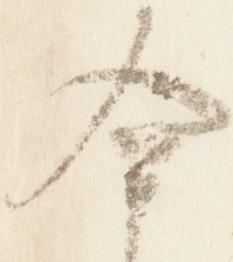
今